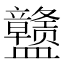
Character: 𰥊